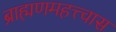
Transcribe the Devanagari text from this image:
ब्राह्मणमहत्त्वास